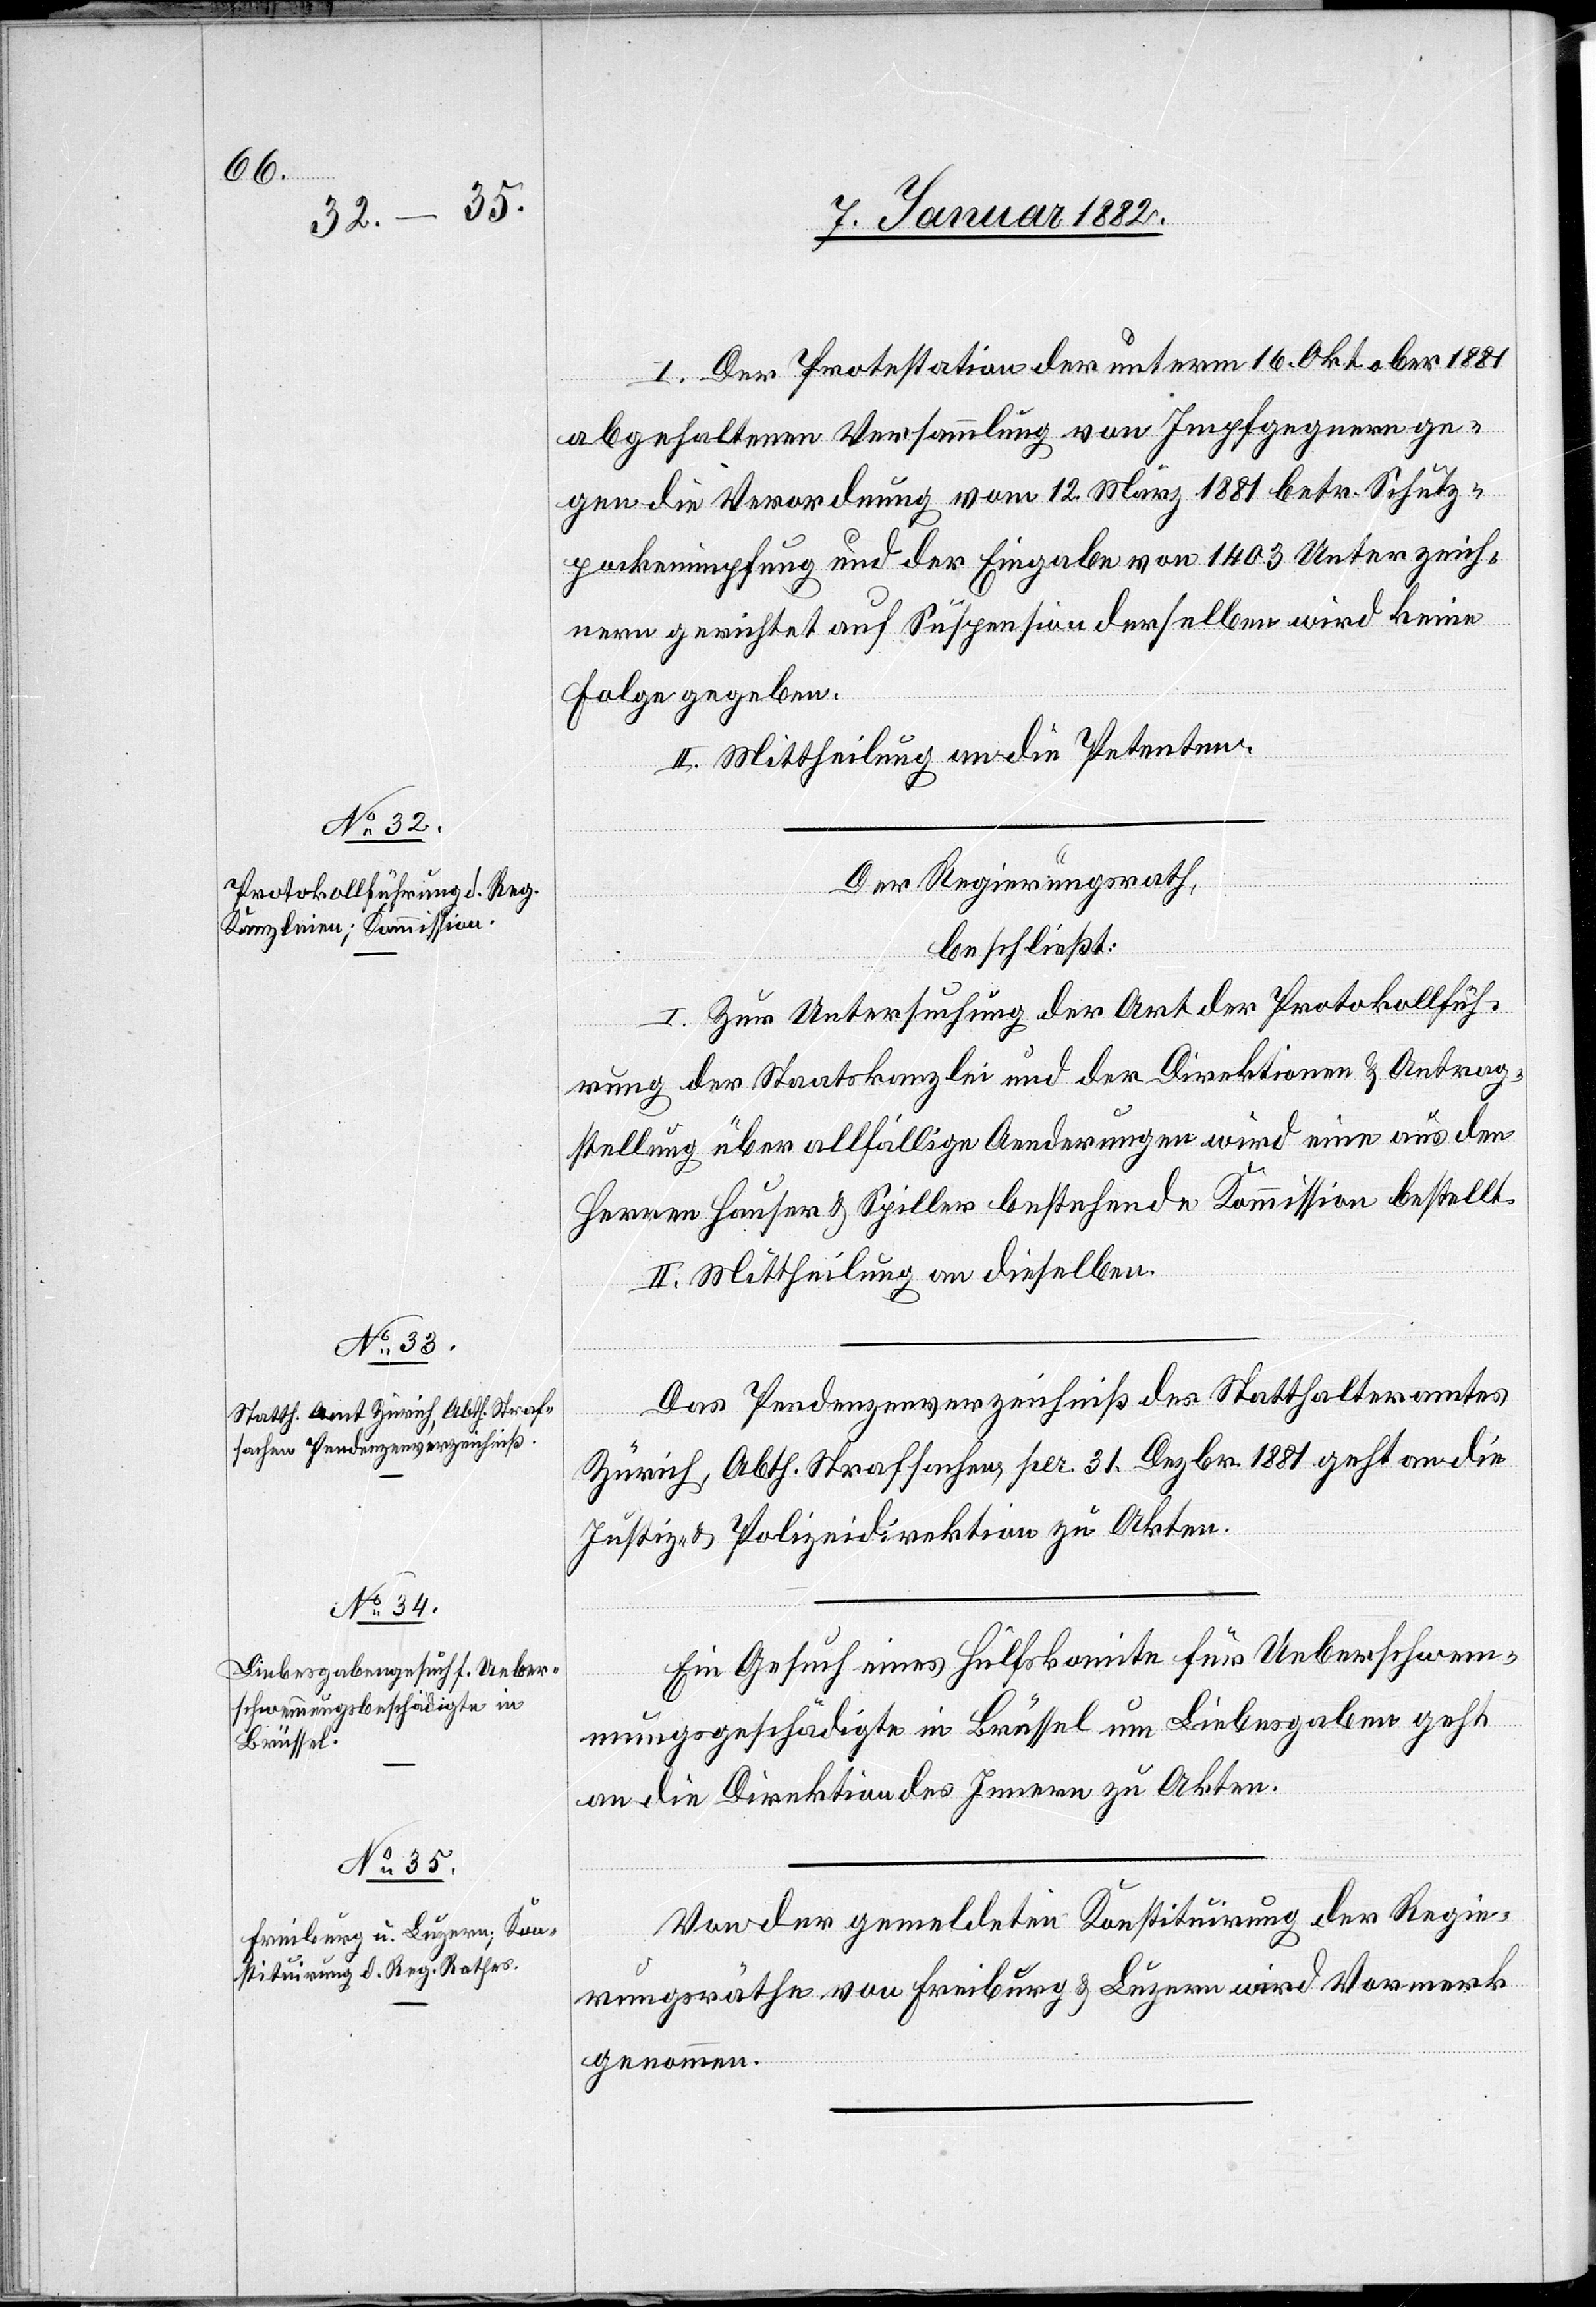
Der Regierungsrath,
beschließt:
I. Zur Untersuchung der Art der Protokollfüh¬
rung der Staatskanzlei und der Direktionen & Antrag¬
stellung über allfällige Anordnungen wird eine aus den
Herren Hauser & Spiller bestehende Kommission bestellt.
II. Mittheilung an dieselben.
Das Pendenzenverzeichniß des Statthalteramtes
Zürich, Abth. Strafsachen, per 31. Dezbr. 1881 geht an die
Justiz- & Polizeidirektion zu Akten.
Ein Gesuch eines Hülfskomite für Ueberschwem¬
mungsgeschädigte in Brüssel um Liebesgaben geht
an die Direktion des Innern zu Akten.
Von der gemeldeten Konstituirung der Regie¬
rungsräthe von Freiburg & Luzern wird Vormerk
genommen.